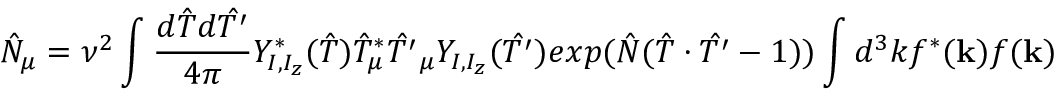
\hat { N } _ { \mu } = \nu ^ { 2 } \int \frac { d \hat { T } d \hat { T ^ { \prime } } } { 4 \pi } Y _ { I , I _ { z } } ^ { \ast } ( \hat { T } ) \hat { T } _ { \mu } ^ { \ast } \hat { T ^ { \prime } } _ { \mu } Y _ { I , I _ { z } } ( \hat { T ^ { \prime } } ) e x p ( \hat { N } ( \hat { T } \cdot \hat { T ^ { \prime } } - 1 ) ) \int d ^ { 3 } k f ^ { \ast } ( { \bf k } ) f ( { \bf k } )